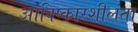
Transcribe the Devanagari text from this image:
आविष्कारशीलता